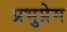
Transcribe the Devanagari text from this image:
प्रभुप्रेम